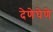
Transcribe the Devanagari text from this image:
देणेघेणे